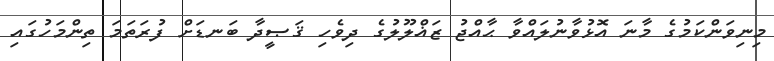
މިނިވަންކަމުގެ މާނަ އޮޅުވާނުލައްވާ ޙާއްޖު ޒަޣްލޫލުގެ ދިވެހި ޤަޞީދާ ބަނޑަށް ފުރަތަމަ ތިންމަހުގައި